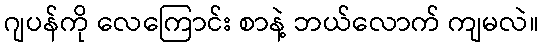
ဂျပန်ကို လေကြောင်း စာနဲ့ ဘယ်လောက် ကျမလဲ။